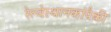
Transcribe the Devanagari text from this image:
रेल्वेस्थानकांपैकी